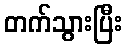
တက်သွားပြီး